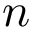
n